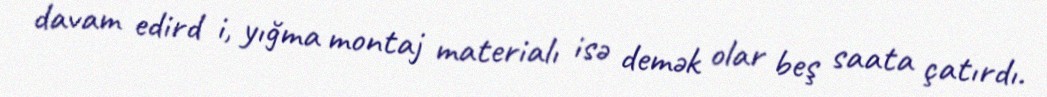
davam edird i, yığma montaj materialı isə demək olar beş saata çatırdı.